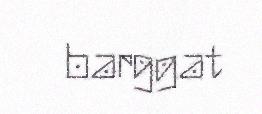
barggat